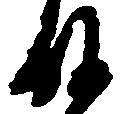
殿